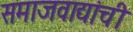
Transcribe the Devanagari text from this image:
समाजवाद्यांची